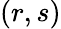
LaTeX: (r,s)